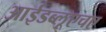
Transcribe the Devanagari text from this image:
आईडब्लूएचए